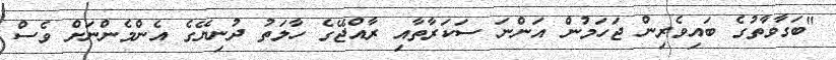
"ބަގާވާތުގެ ބައިވެރިން ޖަހަމުން އަންނަ ސަކަރާތާއި ރާއްޖޭގެ ހާލަތު ދުނިޔޭގެ އެންމެންނަށް ވެސް